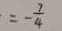
\frac { 1 } { 2 } x = - \frac { 7 } { 4 }